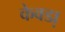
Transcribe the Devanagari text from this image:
केवडा़